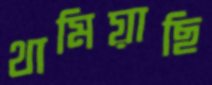
থামিয়াছি